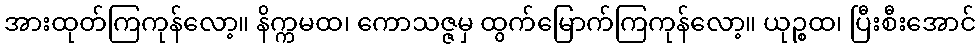
အားထုတ်ကြကုန်လော့။ နိက္ကမထ၊ ကောသဇ္ဇမှ ထွက်မြောက်ကြကုန်လော့။ ယုဉ္စထ၊ ပြီးစီးအောင်